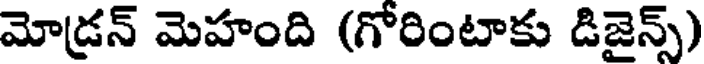
మోడ్రన్ మెహంది (గోరింటాకు డిజైన్స్)